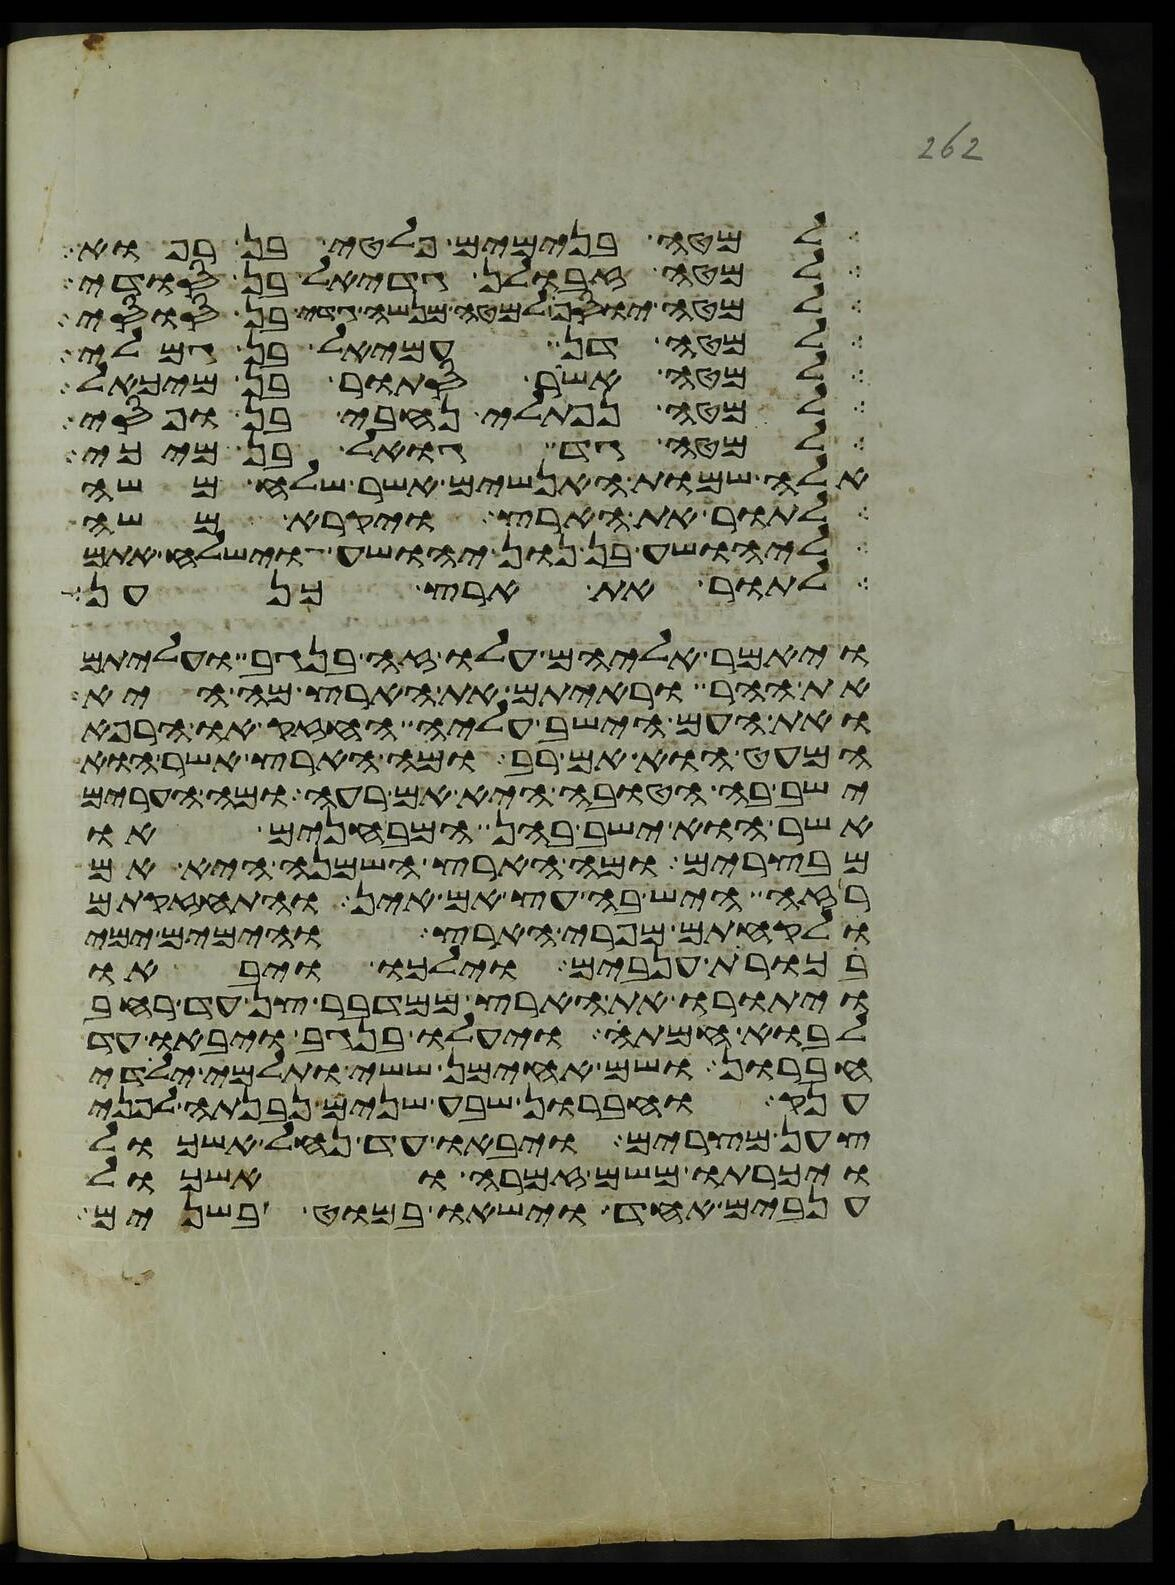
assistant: למטה בנימים פלטי בן רפוא
למטה זבולן גדיאל בן סודי
למטה יוסף למטה מנשה גדי בן סוסי
למטה דן עמיאל בן גמלי
למטה אשר סתור בן מיכאל
למטה נפתלי נחבי בן ופסי
למטה גד גואל בן מיכי
אלה שמות האנשים אשר שלח משה
לתור את הארץ ויקרא משה
ליהושע בן נון יהושע וישלח אתם
לתור את ארץ כנען
ויאמר אליהם עלו זה בנגב ועליתם
את ההר וראיתם את הארץ מה היא
ואת העם הישב עליה החזק או הרפא
המעט הוא אם רב ומה הארץ אשר הוא
ישב בה הטובה היא אם רעה ומה הערים
אשר הוא ישב בהן המבחנים או
מבצרים ומה הארץ השמנה היא אם
רזה היש בה עץ אם אין והתחזקתם
ולקחתם מפרי הארץ והימים ימי
בכורת ענבים וילכו ויבאו
ויתורו את הארץ ממדבר צן עד רחב
לבוא חמתה ויעלו בנגב ויבאו עד
חברון ושם אחימן ששי ותלמי ילידי
ענק וחברון שבע שנים נבנתה לפני
צען מצרים ויבאו עד נחל אשכול
ויכרתו משם זמרה ואשכול
ענבים אחד וישאו במוט בשנים